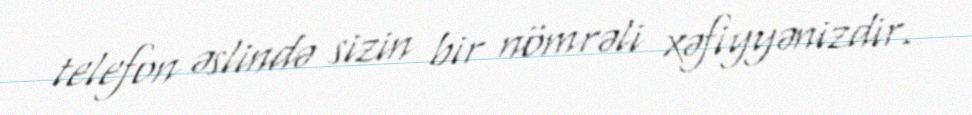
telefon əslində sizin bir nömrəli xəfiyyənizdir.